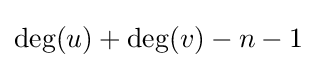
\mathrm {deg} (u)+\mathrm {deg} (v)-n-1